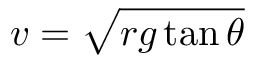
v = { \sqrt { r g \tan \theta } }